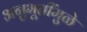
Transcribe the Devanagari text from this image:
अनुभूतींमुळे